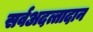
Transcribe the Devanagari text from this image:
सर्वअदत्तादान